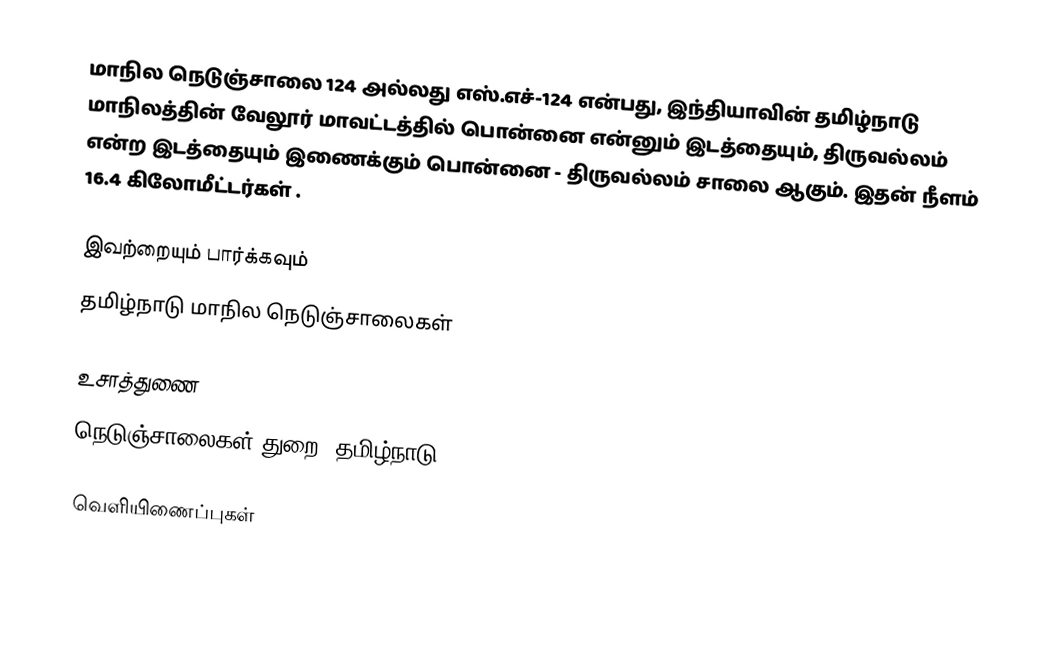
மாநில நெடுஞ்சாலை 124 அல்லது எஸ்.எச்-124 என்பது, இந்தியாவின் தமிழ்நாடு மாநிலத்தின் வேலூர் மாவட்டத்தில் பொன்னை என்னும் இடத்தையும், திருவல்லம் என்ற இடத்தையும் இணைக்கும் பொன்னை - திருவல்லம் சாலை ஆகும். இதன் நீளம் 16.4  கிலோமீட்டர்கள் .

இவற்றையும் பார்க்கவும்
 தமிழ்நாடு மாநில நெடுஞ்சாலைகள்

உசாத்துணை
 நெடுஞ்சாலைகள் துறை, தமிழ்நாடு

வெளியிணைப்புகள்